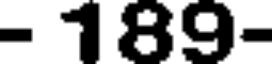
- 189-